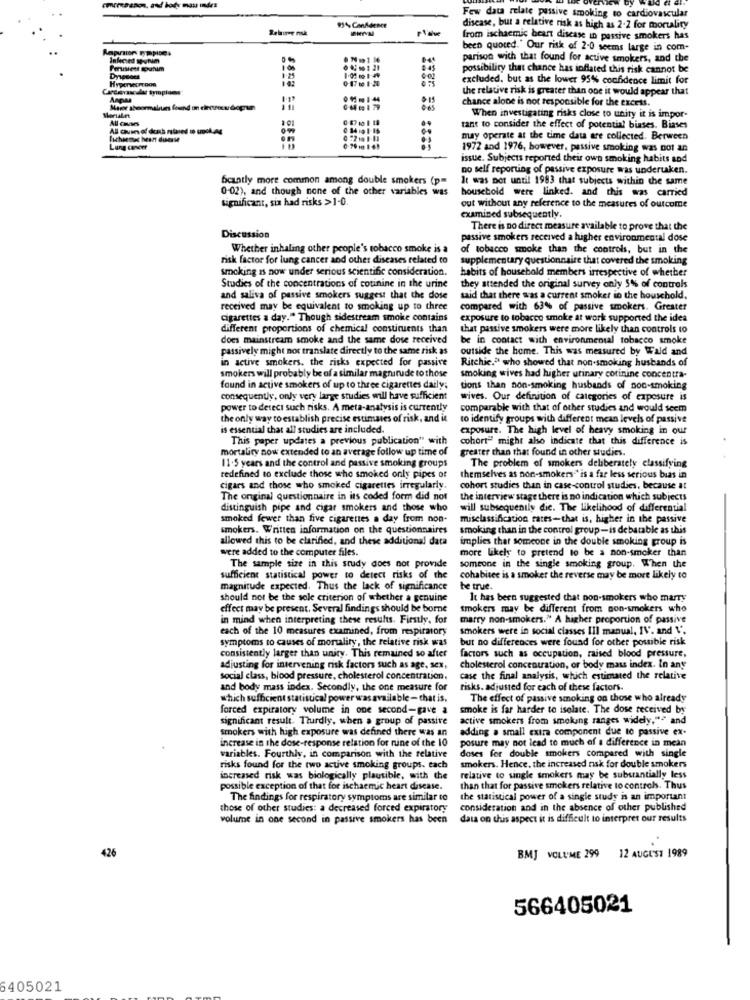
miraahon, and body mau index
Few data relate passive smoking to cardiovascular
Seboree mk
99% Confidence
disease, but a relative risk as high as 2-2 for mortality
from ischaemic heart disease in passive smokers has
been quoted." Our risk of 2-0 seems large in com-
Infected soynim
parison wich that found for active smokers, and the
0 , 1121
possibility that chance has inflated this risk cannot be
0-17 10 1-20
excluded, but as the lower 95% confidence limit for
the relative risk is greater than one it would appear that
Angina
chance alone is not responsible for the excess.
Moralet
When investigating risks close to unity it is impor-
tant to consider the effect of potential biases. Biases
may operate at the time data are collected. Berween
Lung cancer
1972 and 1976, however, passive smoking was not an
issue. Subjects reported their own smoking habits and
no self reporting of passive exposure was undertaken.
fcantly more common among double smokers (pm
It was not until 1983 that subjects within the same
0-02), and though none of the other variables was
household were linked. and this was carried
significant, sin had risks >1-0.
out without any reference to the measures of outcome
examined subsequently.
There is no direct measure available to prove that the
Discussion
passive smokers received a higher environmental dose
Whether inhaling other people's tobacco smoke is a
of tobacco smoke than the controls, but in the
risk factor for lung cancer and other diseases related to
supplementary questionnaire that covered the smoking
smoking is now under serious scientific consideration.
habits of household members irrespective of whether
Studies of the concentrations of cotinine in the urine
they attended the original survey only 5% of controls
and saliva of passive smokers suggest that the dose
said that there was a current smoker in the household.
received may be equivalent to smoking up to three
compared with 63% of passive smokers. Greater
cigarettes a day." Though sidestream smoke contains
exposure to tobacco smoke at work supported the idea
different proportions of chemical constituents than
that passive smokers were more likely than controls to
does mainstream smoke and the same dose received
be in contact with environmental tobacco smoke
passively might not translate directly to the same risk as
outside the home. This was measured by Wald and
in active smokers, the risks expected for passive
Ritchie.ª who showed that non-smoking husbands of
smokers will probably be of a similar magnitude to those
smoking wives had higher urinary cotinine concentra-
found in active smokers of up to three cigarettes daily;
tions than non-smoking husbands of non-smoking
consequently, only very large studies will have sufficient
wives. Our definition of categories of exposure is
power to detect such risks. A meta-analysis is currently
comparable with that of other studies and would seem
the only way to establish precise estimates of risk, and it
to identify groups with different mean levels of passive
is essential that all studies are included.
exposure. The high level of heavy smoking in our
This paper updates a previous publication" with
cohort" might also indicate that this difference is
mortaliry now extended to an average follow up time of
greater than that found in other studies.
11.5 years and the control and passive smoking groups
The problem of smokers deliberately classifying
redefined to exclude those who smoked only pipes of
themselves as non-smokers"' is a far less serious bias in
cigars and those who smoked cigarettes irregularly.
cohort studies than in case-control studies, because at
The onginal questionnaire in its coded form did not
the interview stage there is no indication which subjects
distinguish pipe and cigar smokers and those who
will subsequently die. The likelihood of differential
smoked fewer than five cigarettes a day from non-
misclassification rates-that is, higher in the passive
smokers. Written information on the questionnaires
smoking than in the control group- is de barable as this
allowed this to be clarified, and these additional data
implies that someone in the double smoking group is
were added to the computer files.
more likely to pretend to be a non-smoker than
someone in the single smoking group. When the
The sample size in this study does not provide
sufficient statistical power to detect risks of the
cohabitee is a smoker the reverse may be more likely to
magnitude expected. Thus the lack of significance
be true.
should not be the sole criterion of whether a genuine
It has been suggested that non-smokers who marry
effect may be present. Several findings should be borne
smokers may be different from non-smokers who
in mind when interpreting these results. Firstly, for
marry non-smokers." A higher proportion of passive
each of the 10 measures examined, from respiratory
smokers were in social ciasses Ill manual, IV. and \'.
symptoms to causes of mortality, the relative risk was
but no differences were found for other possible risk
consistently larger than unity. This remained so after
factors such as occupation, raised blood pressure,
adjusting for intervening risk factors such as age, sex,
cholesterol concentration, or body mass index. In any
social class, blood pressure, cholesterol concentration,
case the final analysis, which estimated the relative
and body mass index. Secondly, the one measure for
risks. adjusted for each of these factors.
which sufficient statistical power was available - that is.
The effect of passive smoking on those who already
forced expiratory volume in one second-gave a
smoke is far harder to isolate. The dose received by
significant result. Thurdly, when a group of passive
active smokers from smoking ranges widely,"" and
smokers with high exposure was defined there was an
adding a small extra component due to passive ex.
increase in the dose-response relation for nine of the 10
posure may not lead to much of a difference in mean
variables. Fourthly, in comparison with the relative
doses for double smokers compared with single
risks found for the two active smoking groups. each
smokers. Hence, the increased risk for double smokers
increased risk was biologically plausible, with the
relative to single smokers may be substantially less
possible exception of that for ischaemic heart disease.
than that for passive smokers relative to controls. Thus
The findings for respiratory symptoms are similar to
the statistical power of a single study is an important
those of other studies: a decreased forced expiratory
consideration and in the absence of other published
volume in one second in passive smokers has been
data on this aspect it is difficult to interpret our results
426
BMJ VOLUME 299 12 AUGUST 1989
566405021
5405021